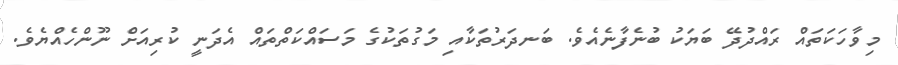
މިވާހަކަތައް ރައްދުދޭ ބަޔަކު ބުނެފާނެއެވެ. ބަނދަރުތަކާއި މަގުތަކުގެ މަސައްކަތްތައް އެދަނީ ކުރިއަށް ނޫންހެއްޔެވެ.